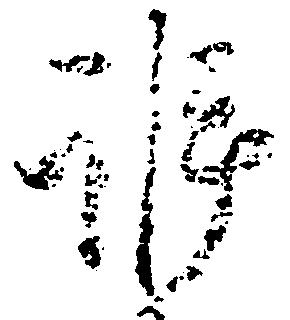
訴